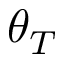
\theta _ { T }